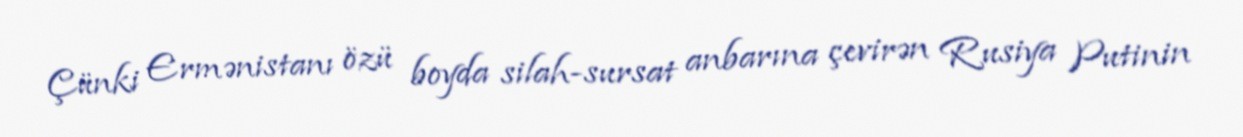
Çünki Ermənistanı özü boyda silah-sursat anbarına çevirən Rusiya Putinin